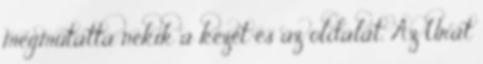
megmutatta nekik a kezét és az oldalát. Az Urat